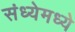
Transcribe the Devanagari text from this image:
संध्येमध्ये